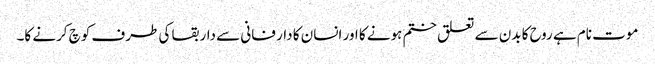
موت نام ہے روح کا بدن سے تعلق ختم ہونے کا اور انسان کا دار فانی سے دار بقا کی طرف کوچ کرنے کا۔